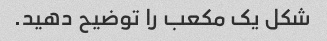
شکل یک مکعب را توضیح دهید.